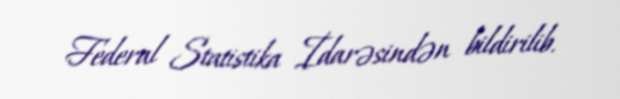
Federal Statistika İdarəsindən bildirilib.